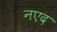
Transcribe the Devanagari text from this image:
नएद